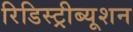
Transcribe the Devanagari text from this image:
रिडिस्ट्रीब्यूशन